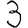
Digit: 3